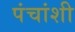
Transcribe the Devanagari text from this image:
पंचांशी